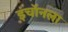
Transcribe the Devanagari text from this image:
इंचॉनला